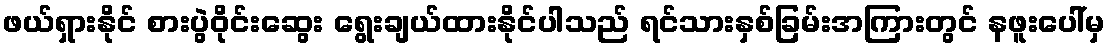
ဖယ်ရှားနိုင် စားပွဲဝိုင်းဆွေး ရွေးချယ်ထားနိုင်ပါသည် ရင်သားနှစ်ခြမ်းအကြားတွင် နဖူးပေါ်မှ